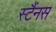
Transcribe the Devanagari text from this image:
स्टैंनस